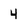
Character: 4